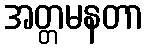
အတ္တမနတာ